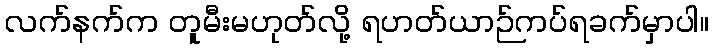
လက်နက်က တူမီးမဟုတ်လို့ ရဟတ်ယာဉ်ကပ်ရခက်မှာပါ။